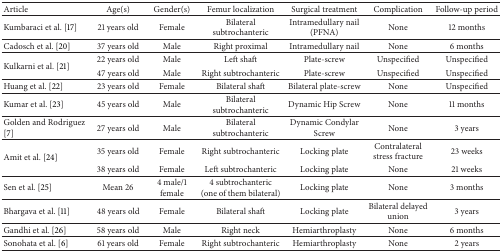
| Article | Age(s) | Gender(s) | Femur localization | Surgical treatment | Complication | Follow-up period |
 | --- | --- | --- | --- | --- | --- | --- |
 | Kumbaraci et al. [17] | 21 years old | Female | Bilateral subtrochanteric | Intramedullary nail (PFNA) | None | 12 months |
 | Cadosch et al. [20] | 37 years old | Male | Right proximal | Intramedullary nail | None | 6 months |
 | <ROWSPAN=2> Kulkarni et al. [21] | 22 years old | Male | Left shaft | Plate-screw | Unspecified | Unspecified |
 | 47 years old | Male | Right subtrochanteric | Plate-screw | Unspecified | Unspecified |
 | Huang et al. [22] | 23 years old | Female | Bilateral shaft | Bilateral plate-screw | None | Unspecified |
 | Kumar et al. [23] | 45 years old | Male | Bilateral subtrochanteric | Dynamic Hip Screw | None | 11 months |
 | Golden and Rodriguez [7] | 27 years old | Male | Bilateral subtrochanteric | Dynamic Condylar Screw | None | 3 years |
 | <ROWSPAN=2> Amit et al. [24] | 35 years old | Female | Right subtrochanteric | Locking plate | Contralateral stress fracture | 23 weeks |
 | 38 years old | Female | Left subtrochanteric | Locking plate | None | 21 weeks |
 | Sen et al. [25] | Mean 26 | 4 male/1 female | 4 subtrochanteric (one of them bilateral) | Locking plate | None | 3 months |
 | Bhargava et al. [11] | 48 years old | Female | Bilateral shaft | Locking plate | Bilateral delayed union | 3 years |
 | Gandhi et al. [26] | 58 years old | Male | Right neck | Hemiarthroplasty | None | 6 months |
 | Sonohata et al. [6] | 61 years old | Female | Right subtrochanteric | Hemiarthroplasty | None | 2 years |